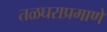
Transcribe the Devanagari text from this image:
तळघराप्रमाणे